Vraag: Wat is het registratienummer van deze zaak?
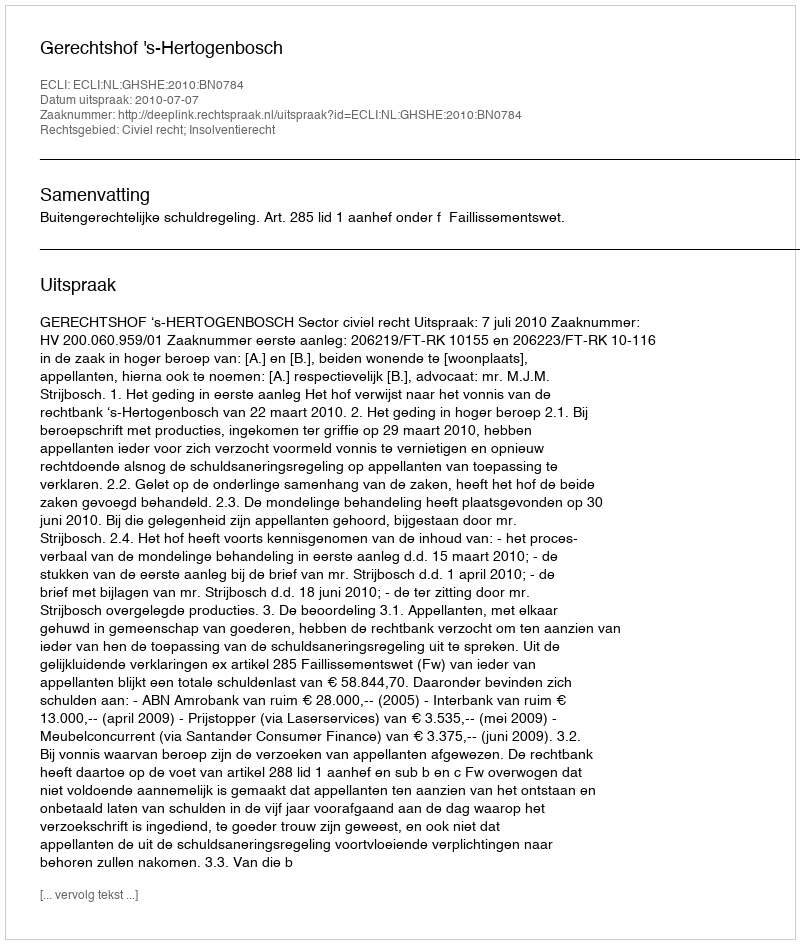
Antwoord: http://deeplink.rechtspraak.nl/uitspraak?id=ECLI:NL:GHSHE:2010:BN0784